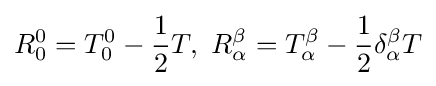
R_{0}^{0}=T_{0}^{0}-{\frac {1}{2}}T,\ R_{\alpha }^{\beta }=T_{\alpha }^{\beta }-{\frac {1}{2}}\delta _{\alpha }^{\beta }T